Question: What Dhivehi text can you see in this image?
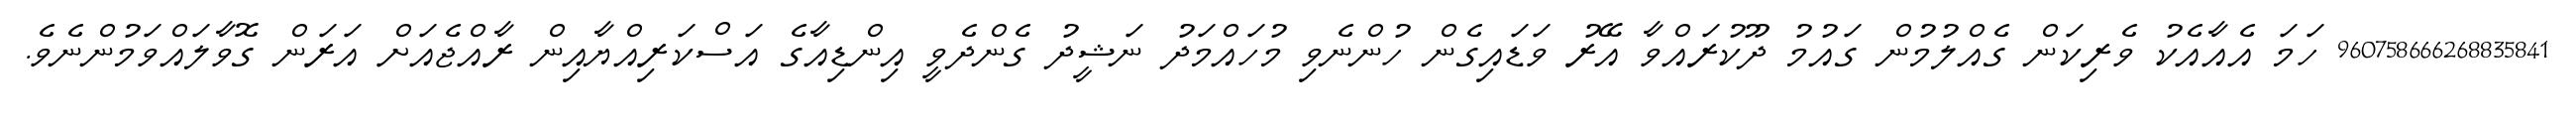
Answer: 960758666268835841 ހަމަ އެއާއެކު ވެރިކަން ގެއްލުމުން ގައުމު ދޫކުރައްވާ އޭރު ވަޑައިގެން ހުންނެވި މުހައްމަދު ނަޝީދު ގެންދެވީ އިންޑިއާގެ އަސްކަރިއްޔާއިން ރާއްޖެއަށް އަރަން ގޮވާލައްވަމުންނެވެ.